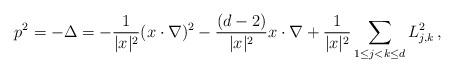
LaTeX: \begin{align*} p^2= -\Delta = -\frac{1}{|x|^2}(x\cdot\nabla)^2 -\frac{(d- 2)}{|x|^2}x\cdot\nabla + \frac{1}{|x|^2}\sum_{1\le j<k\le d} L_{j,k}^2\, , \end{align*}